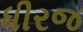
ધીરજ